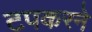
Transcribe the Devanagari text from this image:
टपकरने